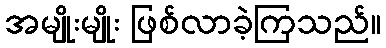
အမျိုးမျိုး ဖြစ်လာခဲ့ကြသည်။